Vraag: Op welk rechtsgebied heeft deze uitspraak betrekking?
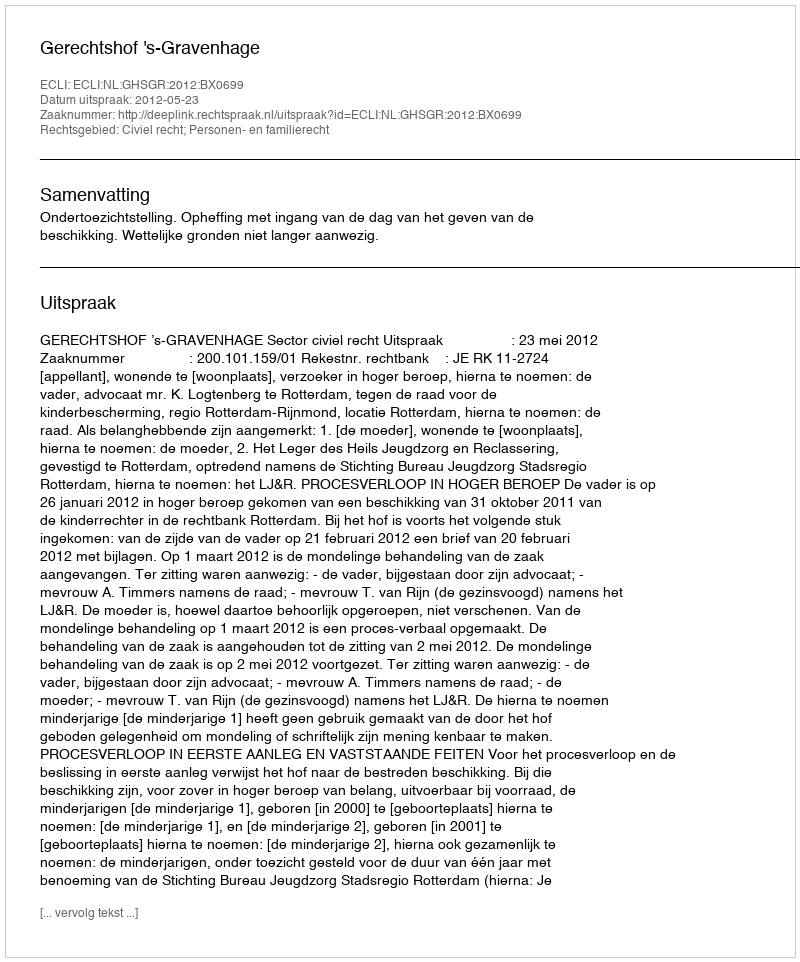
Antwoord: Civiel recht; Personen- en familierecht